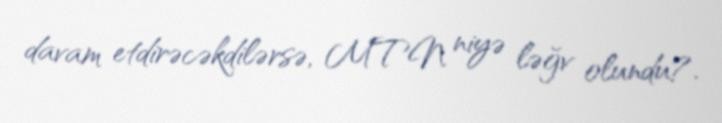
davam etdirəcəkdilərsə, MTN niyə ləğv olundu?.